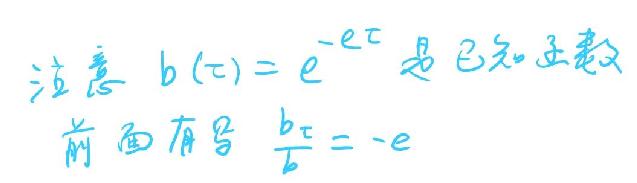
注意 $b(\tau)=e^{-e\tau}$ 是已知函数
前面有写 $\frac{b_{\tau}}{b}=-e$